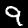
Label: 9